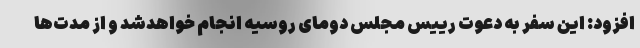
افزود: این سفر به دعوت رییس مجلس دومای روسیه انجام خواهدشد و از مدت‌ها